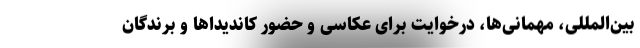
بین‌المللی، مهمانی‌ها، درخوایت برای عکاسی و حضور کاندیداها و برندگان